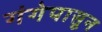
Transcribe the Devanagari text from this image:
गंगेपासून